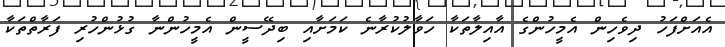
އެއަށްފަހު ދިވެހިން އެމީހުންގެ އާއިލާތަކާ ހަވާލުކުރާނެ ކަމަށާއި ބިދޭސީން އެމީހުންނާ ގުޅުންހުރި ފަރާތްތަކާ